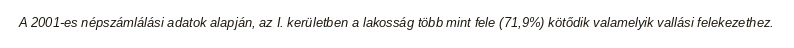
A 2001-es népszámlálási adatok alapján, az I. kerületben a lakosság több mint fele (71,9%) kötődik valamelyik vallási felekezethez.